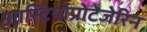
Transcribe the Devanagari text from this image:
आस्टियोप्रोटेजेरिन